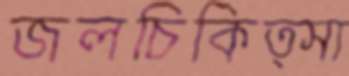
জলচিকিত্সা